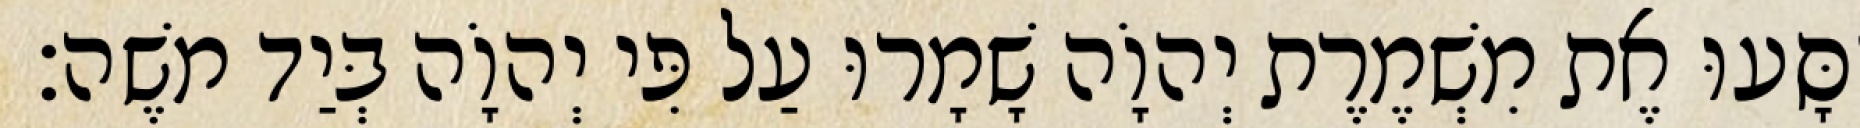
יִסָּעוּ אֶת מִשְׁמֶרֶת יְהוָֹה שָׁמָרוּ עַל פִּי יְהוָֹה בְּיַד משֶׁה׃